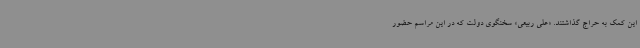
این کمک به حراج گذاشتند. «علی ربیعی» سخنگوی دولت که در این مراسم حضور